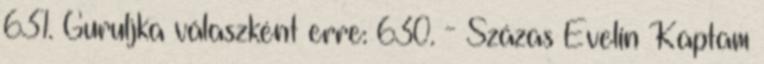
631. Guruljka válaszként erre: 630. - Százas Evelin Kaptam